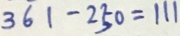
3 6 1 - 2 5 0 = 1 1 1